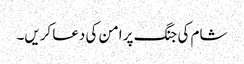
شام کی جنگ پر امن کی دعا کریں۔